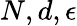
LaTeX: N,d,\epsilon